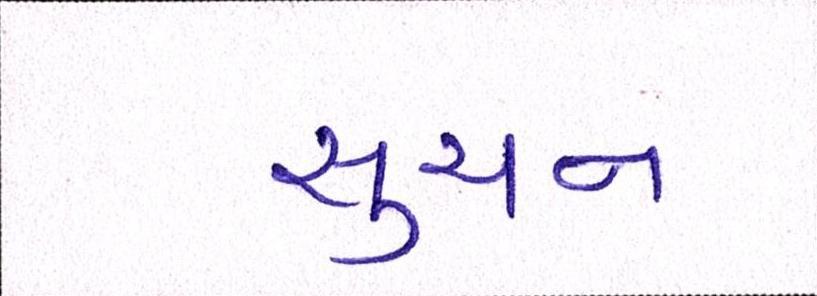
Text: સુચન